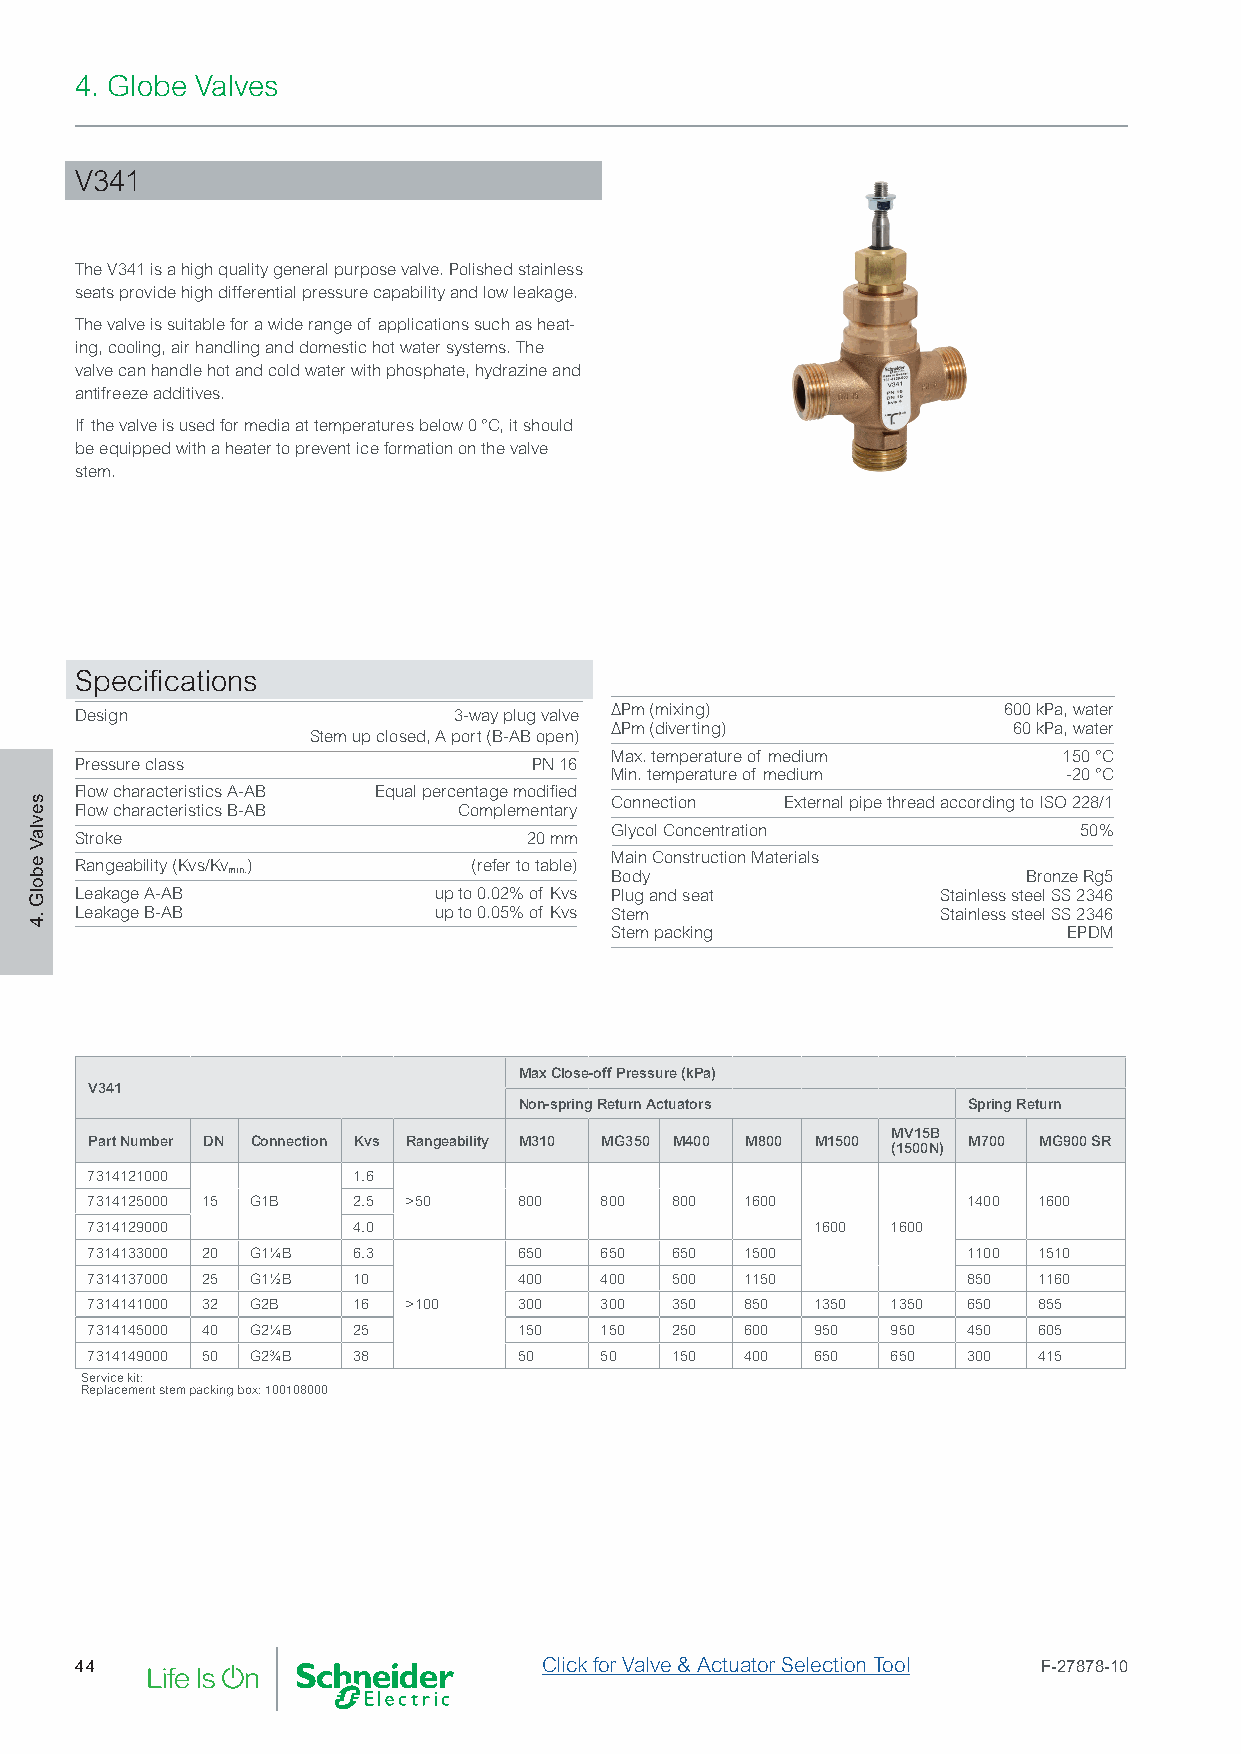
4. Globe Valves
 V341
 The V341 is a high quality general purpose valve. Polished stainless
 seats provide high differential pressure capability and low leakage.
 The valve is suitable for a wide range of applications such as heat-
 ing, cooling, air handling and domestic hot water systems. The
 valve can handle hot and cold water with phosphate, hydrazine and
 antifreeze additives.
 If the valve is used for media at temperatures below 0 °C, it should
 be equipped with a heater to prevent ice formation on the valve
 stem.
 Specifications
 Design                   3-way plug valve ∆Pm (mixing)       600 kPa, water
 ∆Pm (diverting)            60 kPa, water
 Stem up closed, A port (B-AB open)
 Max. temperature of medium    150 °C
 Pressure class                PN 16
 Min. temperature of medium     -20 °C
 Flow characteristics A-AB Equal percentage modified
 Connection  External pipe thread according to ISO 228/1
 Flow characteristics B-AB Complementary
 Glycol Concentration           50%
 Stroke                        20 mm
 Main Construction Materials Rangeability (Kvs/Kv ) (refer to table)
 min.                     Body                        Bronze Rg5
 Leakage A-AB            up to 0.02% of Kvs Plug and seat Stainless steel SS 2346
 Leakage B-AB            up to 0.05% of Kvs Stem          Stainless steel SS 2346
 Stem packing                   EPDM
 Max Close-off Pressure (kPa)
 V341
 Non-spring Return Actuators   Spring Return
 MV15B
 Part Number DN Connection Kvs Rangeability M310 MG350 M400 M800 M1500 M700 MG900 SR
 (1500N)
 7314121000       1.6
 7314125000 15 G1B 2.5 >50   800   800 800  1600           1400 1600
 7314129000       4.0                            1600 1600
 7314133000 20 G1¼B 6.3      650   650 650  1500           1100 1510
 7314137000 25 G1½B 10       400   400 500  1150           850  1160
 7314141000 32 G2B 16 >100   300   300 350  850  1350 1350 650  855
 7314145000 40 G2¼B 25       150   150 250  600  950  950  450  605
 7314149000 50 G2¾B 38       50    50  150  400  650  650  300  415
 Service kit:
 Replacement stem packing box: 100108000
 44                             Click for Valve & Actuator Selection Tool F-27878-10
 sevlaV
 ebolG
 .4